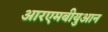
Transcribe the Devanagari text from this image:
आरएमबीयुआन